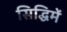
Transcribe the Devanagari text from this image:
सिद्धिमें